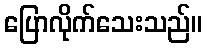
ပြောလိုက်သေးသည်။